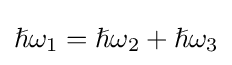
\hslash {\omega }_{1}=\hslash {\omega }_{2}+\hslash {\omega }_{3}